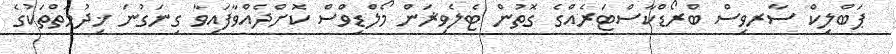
ޕަބްލިކް ސާރވިސް ބްރޯޑްކާސްޓަރެއްގެ ގޮތުން ޓެލެވިޜަން މޯލްޑިވްސް ކޮށްދެއްވާފައިވާ ގިނަގުނަ ޚިދުމަތްތަކުގެ